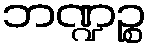
ဘဏ္ဍဉ္စ